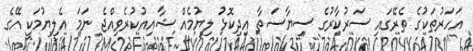
އަހަރުތަކުގެ ތެރޭގައި ސަރުކާރުގެ ސިޔާސަތާ އިދިކޮޅު ލިޔުމެއް ޝާއިއުކުރެވިއްޖެ ނަމަ އެލިޔުމަކީ އޭގެ